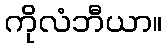
ကိုလံဘီယာ။